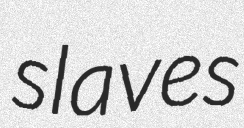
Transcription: slaves